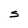
Character: S